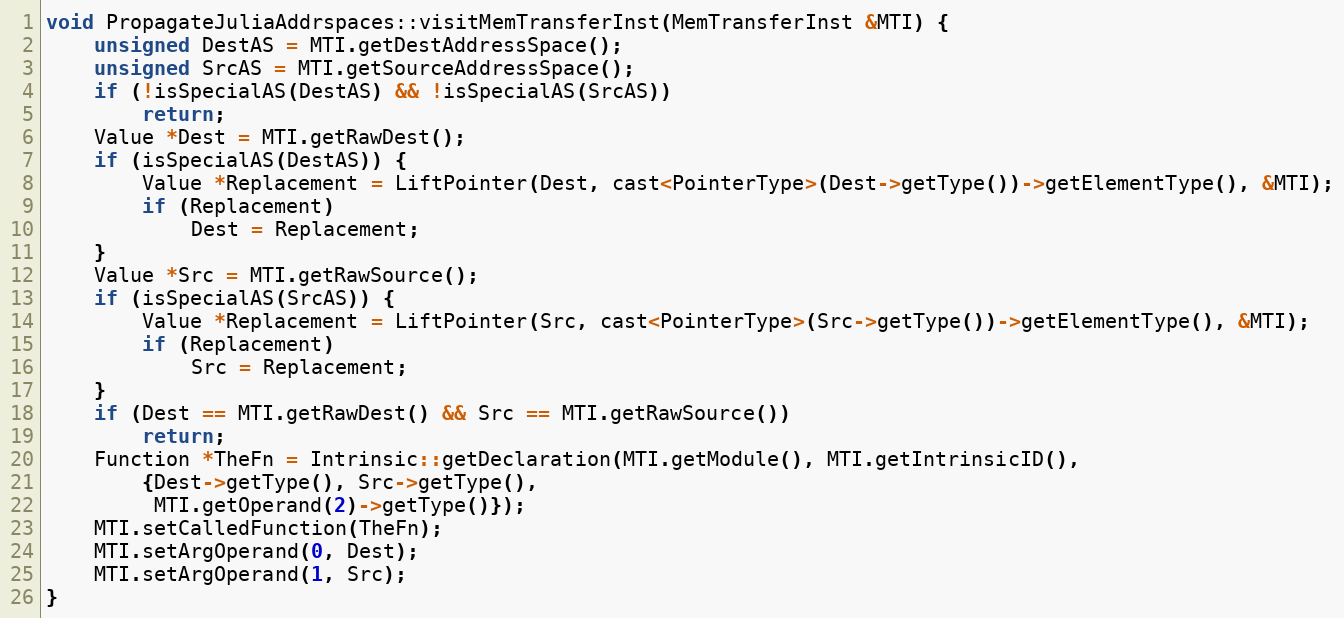
Language: C++
void PropagateJuliaAddrspaces::visitMemTransferInst(MemTransferInst &MTI) {
    unsigned DestAS = MTI.getDestAddressSpace();
    unsigned SrcAS = MTI.getSourceAddressSpace();
    if (!isSpecialAS(DestAS) && !isSpecialAS(SrcAS))
        return;
    Value *Dest = MTI.getRawDest();
    if (isSpecialAS(DestAS)) {
        Value *Replacement = LiftPointer(Dest, cast<PointerType>(Dest->getType())->getElementType(), &MTI);
        if (Replacement)
            Dest = Replacement;
    }
    Value *Src = MTI.getRawSource();
    if (isSpecialAS(SrcAS)) {
        Value *Replacement = LiftPointer(Src, cast<PointerType>(Src->getType())->getElementType(), &MTI);
        if (Replacement)
            Src = Replacement;
    }
    if (Dest == MTI.getRawDest() && Src == MTI.getRawSource())
        return;
    Function *TheFn = Intrinsic::getDeclaration(MTI.getModule(), MTI.getIntrinsicID(),
        {Dest->getType(), Src->getType(),
         MTI.getOperand(2)->getType()});
    MTI.setCalledFunction(TheFn);
    MTI.setArgOperand(0, Dest);
    MTI.setArgOperand(1, Src);
}